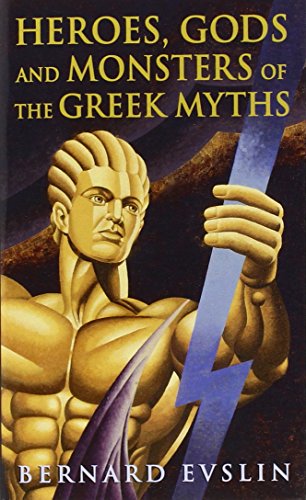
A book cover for Heroes, Gods and Monsters of the Greek Myths; Bernard Evslin; Literature & Fiction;